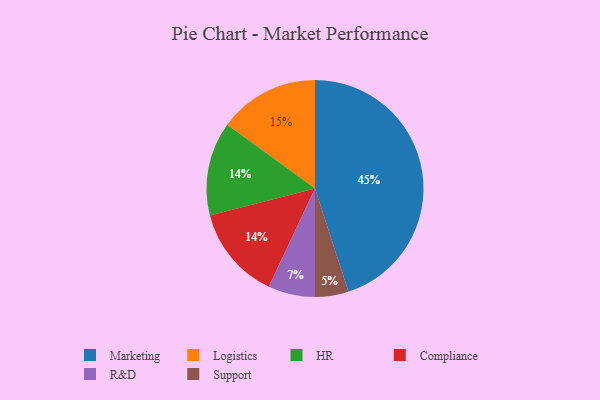
{"axis": {"x": "Category", "y": "Percentage"}, "legend": ["Compliance", "HR", "Logistics", "Marketing", "R&D", "Support"], "data": [{"x": "Logistics", "y": 15, "type": "Logistics"}, {"x": "R&D", "y": 7, "type": "R&D"}, {"x": "Marketing", "y": 45, "type": "Marketing"}, {"x": "HR", "y": 14, "type": "HR"}, {"x": "Support", "y": 5, "type": "Support"}, {"x": "Compliance", "y": 14, "type": "Compliance"}]}